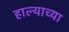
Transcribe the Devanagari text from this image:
हाल्याच्या